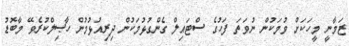
ޒަމާނީ މީހަކަށް ވުމަކުން ނުވަތަ ފަހުގެ ސްޓައިލް ގެންގުޅުމަކުން ދިރިއުޅުމުން ހާޞިލްކުރެވޭ މާބޮޑު